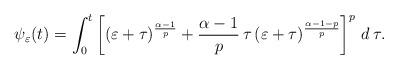
LaTeX: \begin{align*}\psi_\varepsilon(t)=\int_0^t \left[(\varepsilon+\tau)^\frac{\alpha-1}{p}+\frac{\alpha-1}{p}\,\tau\,(\varepsilon+\tau)^\frac{\alpha-1-p}{p}\right]^p\,d\,\tau.\end{align*}